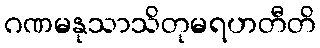
ဂဏမနုသာသိတုမရဟတီတိ